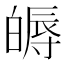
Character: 𤾖